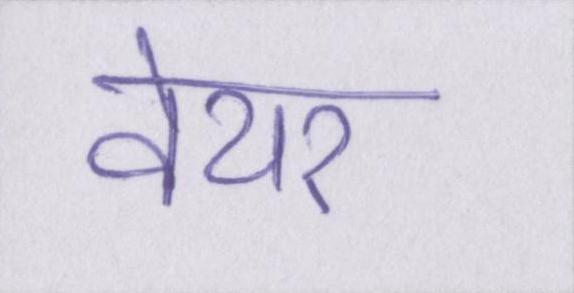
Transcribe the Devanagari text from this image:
वेयर